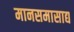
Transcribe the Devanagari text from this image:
मानसमासाद्य